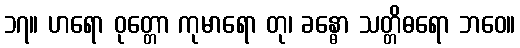
၁၇။ ဟရော ဝုတ္တော ကုမာရော တု၊ ခန္ဓော သတ္တိဓရော ဘဝေ။